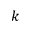
k